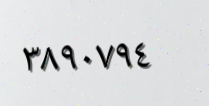
٣٨٩٠٧٩٤